Indian journal of veterinary science and animal husbandry - Volumes 24-25, 1954-1955
Year: 1954
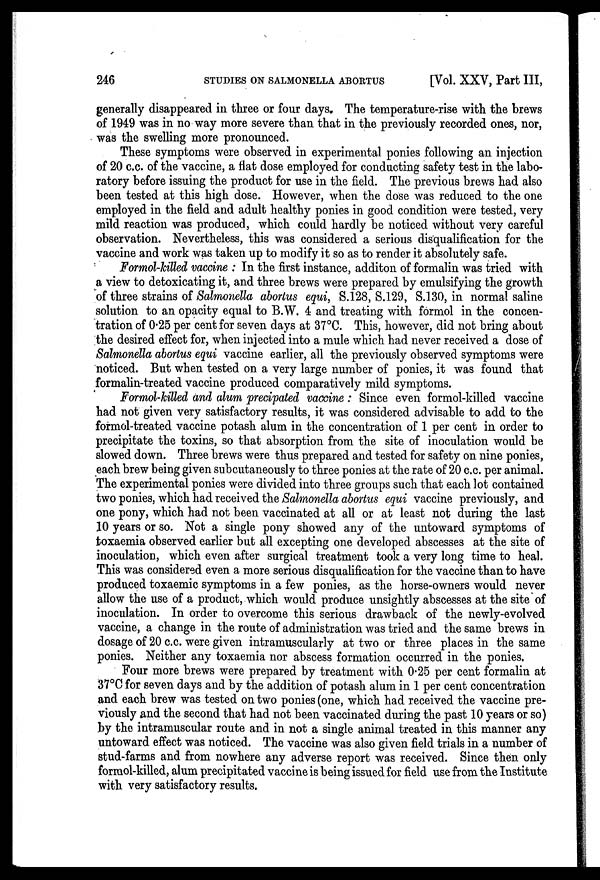
246
STUDIES ON SALMONELLA ABORTUS
[Vol. XXV, Part III,
generally disappeared in three or four days. The temperature-rise with the brews
of 1949 was in no way more severe than that in the previously recorded ones, nor,
was the swelling more pronounced.
These symptoms were observed in experimental ponies following an injection
of 20 c.c. of the vaccine, a flat dose employed for conducting safety test in the labo-
ratory before issuing the product for use in the field. The previous brews had also
been tested at this high dose. However, when the dose was reduced to the one
employed in the field and adult healthy ponies in good condition were tested, very
mild reaction was produced, which could hardly be noticed without very careful
observation. Nevertheless, this was considered a serious disqualification for the
vaccine and work was taken up to modify it so as to render it absolutely safe.
Formol-killed vaccine: In the first instance, additon of formalin was tried with
a view to detoxicating it, and three brews were prepared by emulsifying the growth
of three strains of Salmonella abortus equi, S.128, S.129, S.130, in normal saline
solution to an opacity equal to B.W. 4 and treating with formol in the concen-
tration of 0.25 per cent for seven days at 37°C. This, however, did not bring about
the desired effect for, when injected into a mule which had never received a dose of
Salmonella abortus equi vaccine earlier, all the previously observed symptoms were
noticed. But when tested on a very large number of ponies, it was found that
formalin-treated vaccine produced comparatively mild symptoms.
Formol-killed and alum precipated vaccine: Since even formol-killed vaccine
had not given very satisfactory results, it was considered advisable to add to the
formol-treated vaccine potash alum in the concentration of 1 per cent in order to
precipitate the toxins, so that absorption from the site of inoculation would be
slowed down. Three brews were thus prepared and tested for safety on nine ponies,
each brew being given subcutaneously to three ponies at the rate of 20 c.c. per animal.
The experimental ponies were divided into three groups such that each lot contained
two ponies, which had received the Salmonella abortus equi vaccine previously, and
one pony, which had not been vaccinated at all or at least not during the last
10 years or so. Not a single pony showed any of the untoward symptoms of
toxaemia observed earlier but all excepting one developed abscesses at the site of
inoculation, which even after surgical treatment took a very long time to heal.
This was considered even a more serious disqualification for the vaccine than to have
produced toxaemic symptoms in a few ponies, as the horse-owners would never
allow the use of a product, which would produce unsightly abscesses at the site of
inoculation. In order to overcome this serious drawback of the newly-evolved
vaccine, a change in the route of administration was tried and the same brews in
dosage of 20 c.c. were given intramuscularly at two or three places in the same
ponies. Neither any toxaemia nor abscess formation occurred in the ponies.
Four more brews were prepared by treatment with 0.25 per cent formalin at
37°C for seven days and by the addition of potash alum in 1 per cent concentration
and each brew was tested on two ponies (one, which had received the vaccine pre-
viously and the second that had not been vaccinated during the past 10 years or so)
by the intramuscular route and in not a single animal treated in this manner any
untoward effect was noticed. The vaccine was also given field trials in a number of
stud-farms and from nowhere any adverse report was received. Since then only
formol-killed, alum precipitated vaccine is being issued for field use from the Institute
with very satisfactory results.